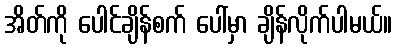
အိတ်ကို ပေါင်ချိန်စက် ပေါ်မှာ ချိန်လိုက်ပါမယ်။